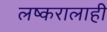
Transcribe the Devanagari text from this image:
लष्करालाही